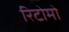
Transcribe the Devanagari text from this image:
रिटोमो